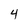
Character: 4